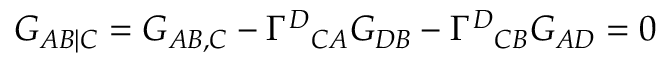
G _ { A B | C } = G _ { A B , C } - \Gamma ^ { D } { } _ { C A } G _ { D B } - \Gamma ^ { D } { } _ { C B } G _ { A D } = 0